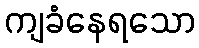
ကျခံနေရသော